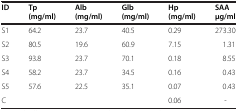
<table><thead><tr><td><b>ID</b></td><td><b>Tp (mg/ml)</b></td><td><b>Alb (mg/ml)</b></td><td><b>Glb (mg/ml)</b></td><td><b>Hp (mg/ml)</b></td><td><b>SAA μg/ml</b></td></tr></thead><tbody><tr><td>S1</td><td>64.2</td><td>23.7</td><td>40.5</td><td>0.29</td><td>273.30</td></tr><tr><td>S2</td><td>80.5</td><td>19.6</td><td>60.9</td><td>7.15</td><td>1.31</td></tr><tr><td>S3</td><td>93.8</td><td>23.7</td><td>70.1</td><td>0.18</td><td>8.55</td></tr><tr><td>S4</td><td>58.2</td><td>23.7</td><td>34.5</td><td>0.16</td><td>0.43</td></tr><tr><td>S5</td><td>57.6</td><td>22.5</td><td>35.1</td><td>0.07</td><td>0.43</td></tr><tr><td>C</td><td> </td><td> </td><td> </td><td>0.06</td><td>-</td></tr></tbody></table>